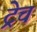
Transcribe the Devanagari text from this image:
ट्रेच